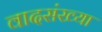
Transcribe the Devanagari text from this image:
वादसंख्या